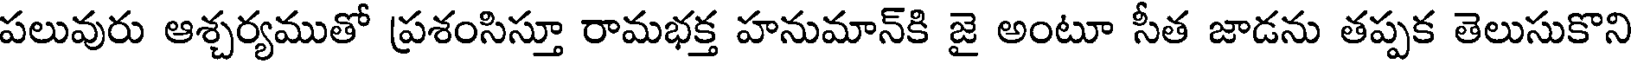
పలువురు ఆశ్చర్యముతో ప్రశంసిస్తూ రామభక్త హనుమాన్కి జై అంటూ సీత జాడను తప్పక తెలుసుకొని